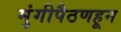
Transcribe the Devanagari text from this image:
मुंगीपैठणहून